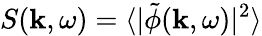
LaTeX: S(\mathbf{k},\omega)=\langle|\tilde{\phi}(\mathbf{k},\omega)|^{2}\rangle